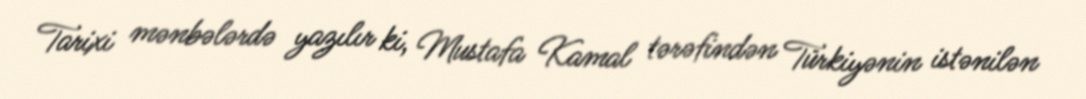
Tarixi mənbələrdə yazılır ki, Mustafa Kamal tərəfindən Türkiyənin istənilən